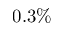
0 . 3 \%